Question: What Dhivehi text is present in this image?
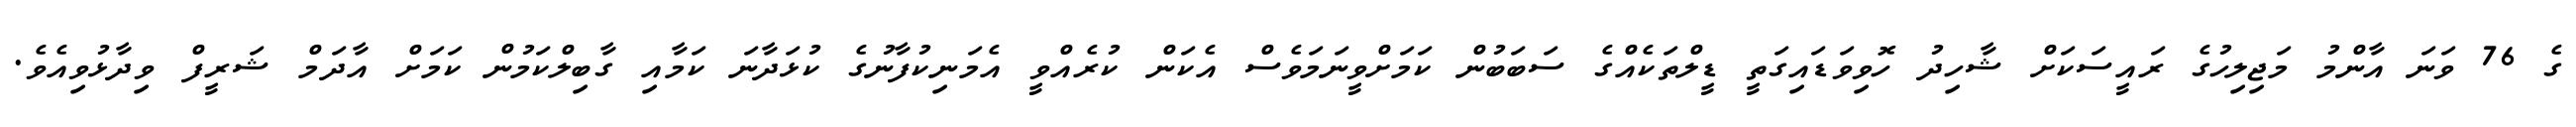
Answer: ގެ 76 ވަނަ އާންމު މަޖިލިހުގެ ރައީސަކަށް ޝާހިދު ހޮވިވަޑައިގަތީ ޑީލްތަކެއްގެ ސަބަބުން ކަމަށްވީނަމަވެސް އެކަން ކުރެއްވީ އެމަނިކުފާނުގެ ކުޅަދާނަ ކަމާއި ގާބިލްކަމުން ކަމަށް އާދަމް ޝަރީފް ވިދާޅުވިއެވެ.